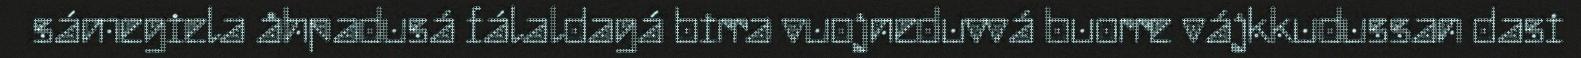
sámegiela åhpadusá fálaldagá birra vuojneduvvá buorre vájkkudussan dasi